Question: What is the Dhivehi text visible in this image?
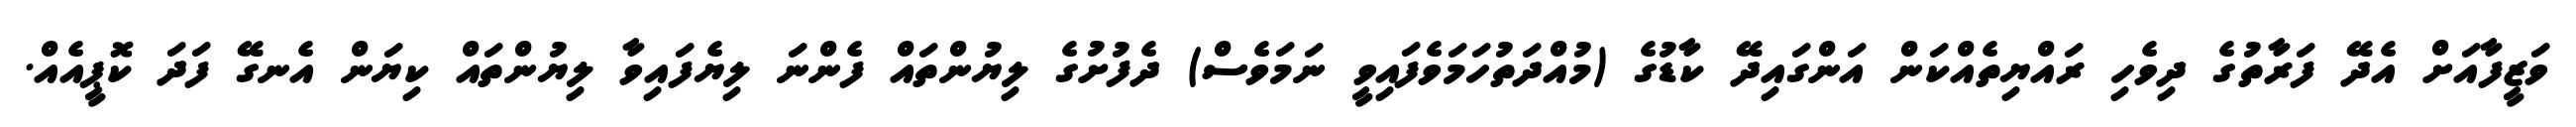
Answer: ވަޒީފާއަށް އެދޭ ފަރާތުގެ ދިވެހި ރައްޔިތެއްކަން އަންގައިދޭ ކާޑުގެ (މުއްދަތުހަމަވެފައިވީ ނަމަވެސް) ދެފުށުގެ ލިޔުންތައް ފެންނަ ލިޔެފައިވާ ލިޔުންތައް ކިޔަން އެނގޭ ފަދަ ކޮޕީއެއް.